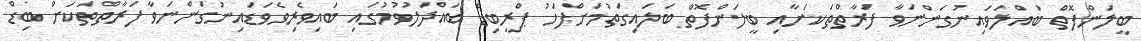
ބީލަންފޮތް ބައްލަވައިނުގަންނަވާ ފަރާތްތަކަށާއި ބީލަންފޮތް ބަލައިގަތުމަށްފަހު ޕްރީބިޑް ބައްދަލުވުމުގައި ބައިވެރިވެވަޑައިނުގަންނަވާ ފަރާތްތަކަށް ބިޑް